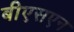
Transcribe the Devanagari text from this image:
बीएसएन